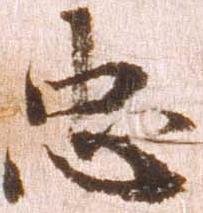
忠